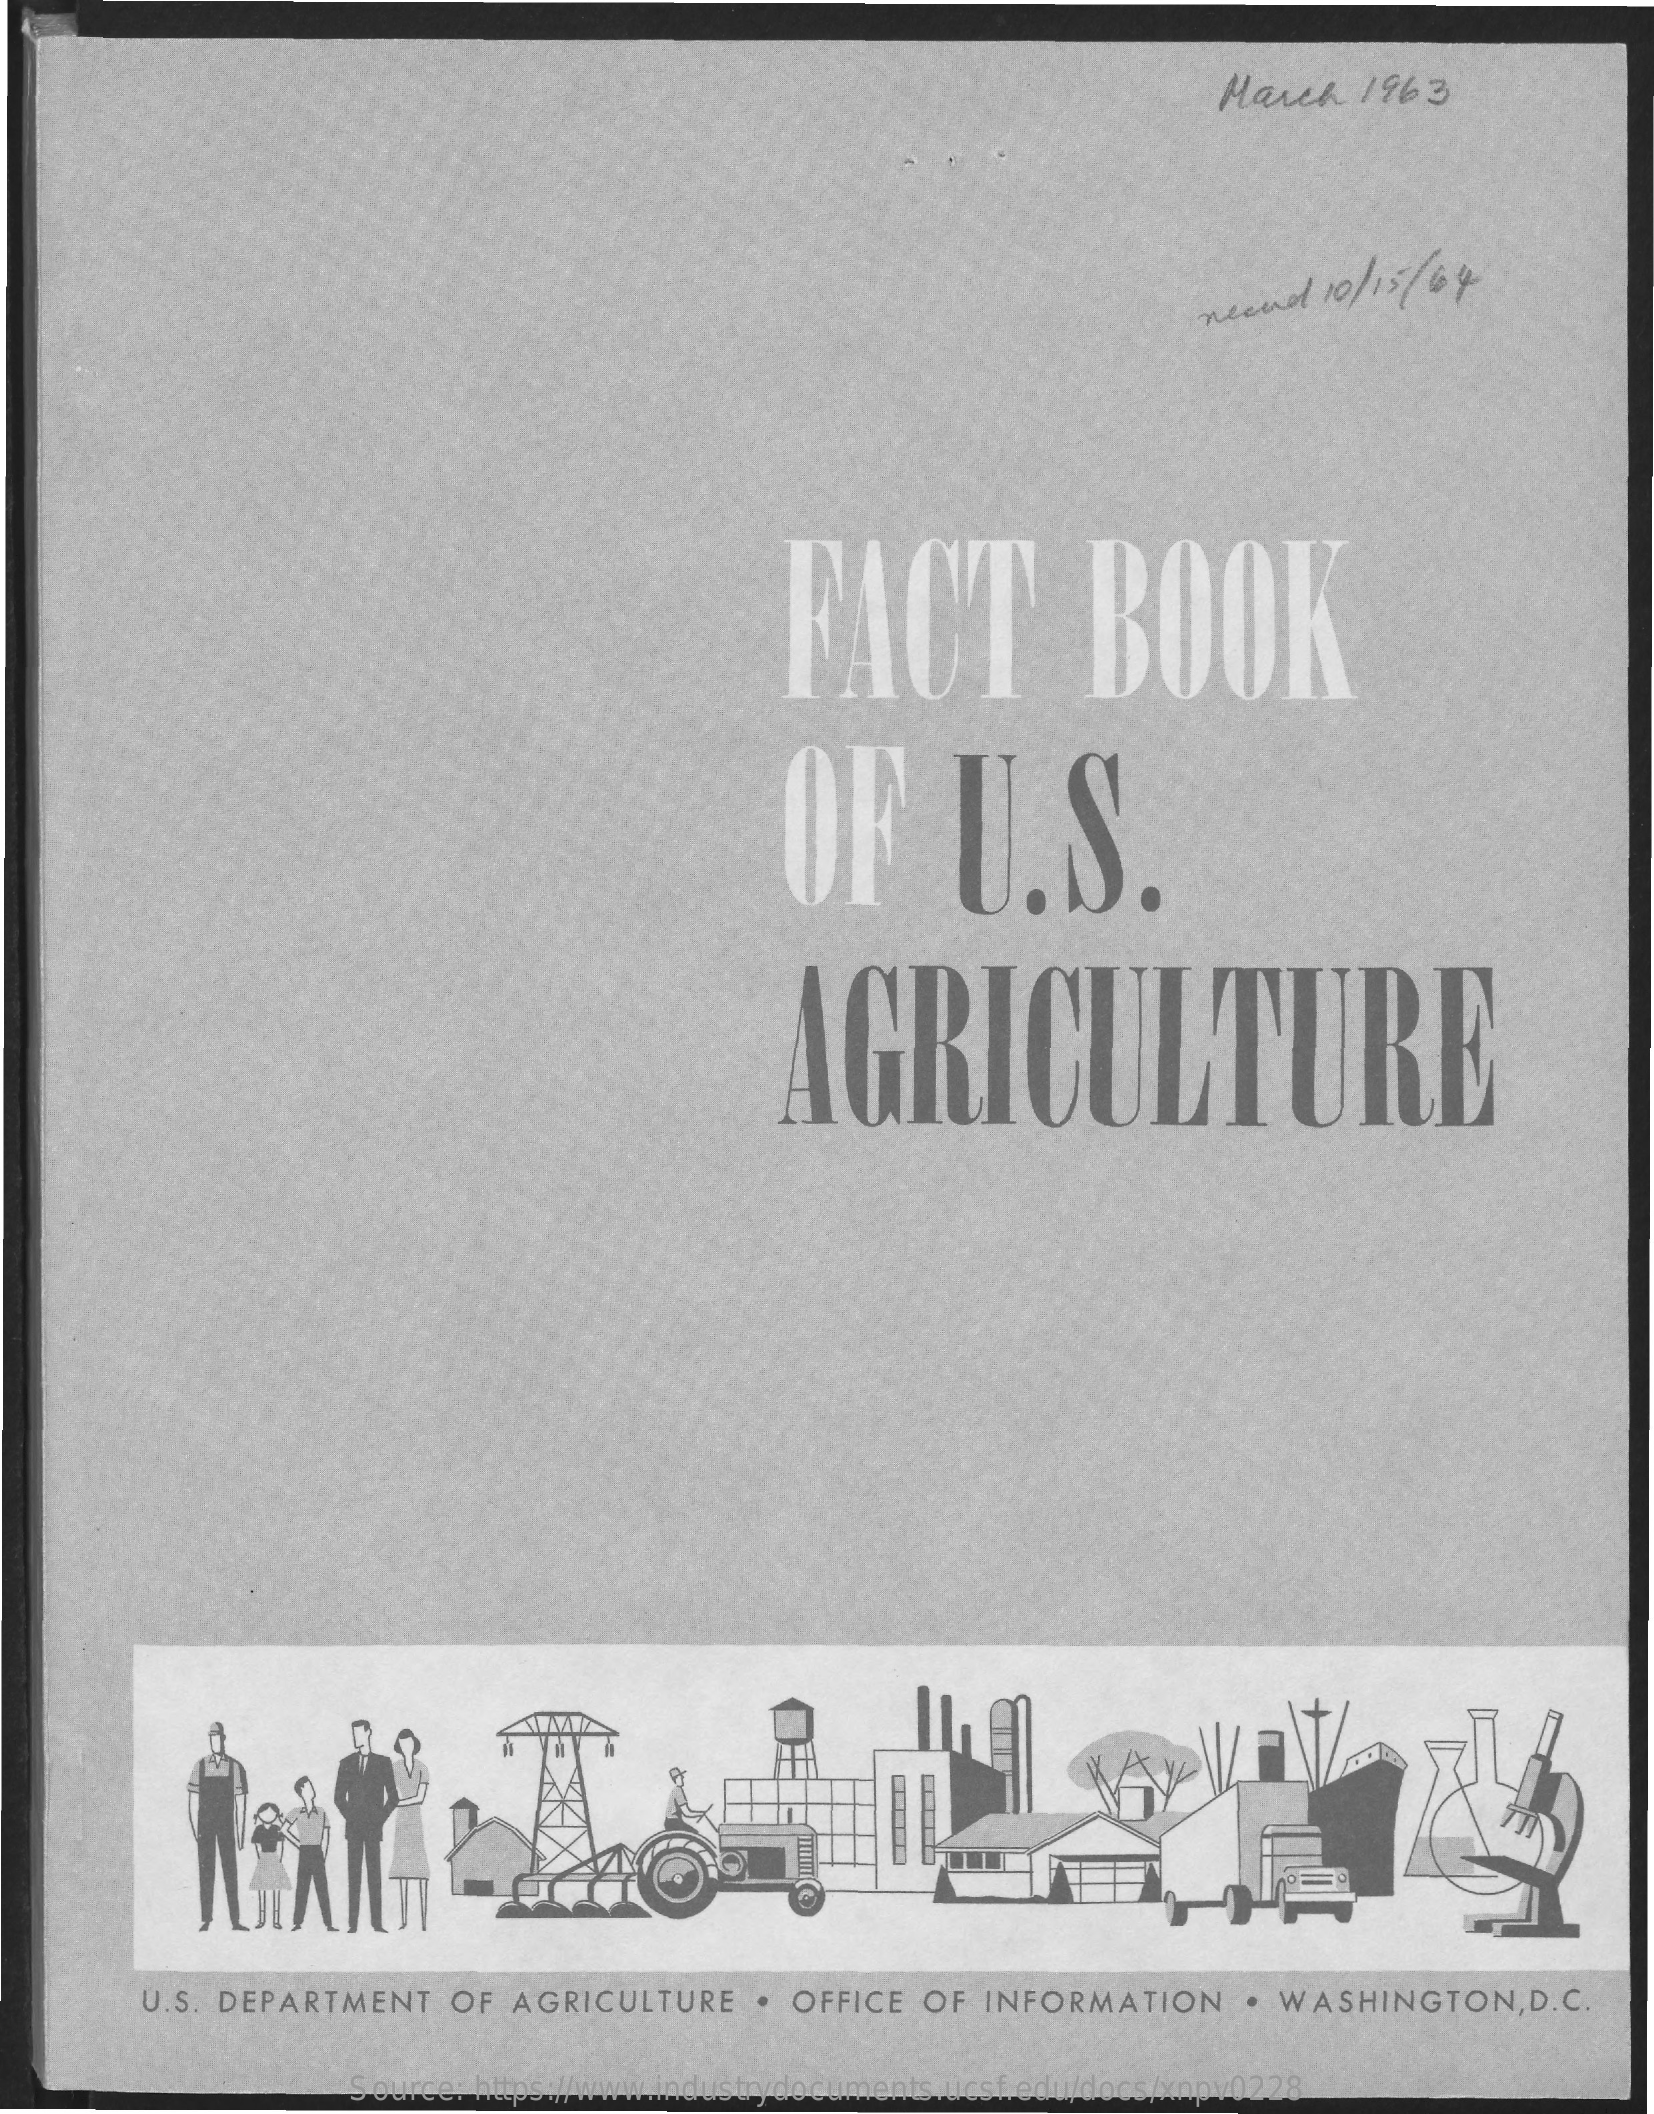
March 1963
     necund 10 / 15/64
     FACT    BOOK
     OF    U.S.
     AGRICULTURE
     U.S. DEPARTMENT OF AGRICULTURE . OFFICE OF INFORMATION . WASHINGTON, D.C.
     Source: https://www.industrydocuments.ucsf.edu/docs/xnpv0228